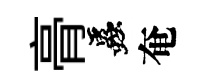
𮌔蟲奄